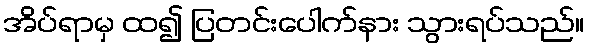
အိပ်ရာမှ ထ၍ ပြတင်းပေါက်နား သွားရပ်သည်။